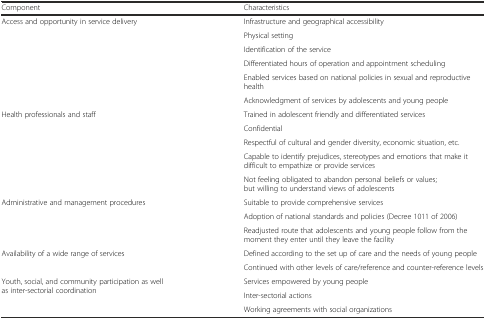
| Component | Characteristics |
 | --- | --- |
 | <ROWSPAN=6> Access and opportunity in service delivery | Infrastructure and geographical accessibility |
 | Physical setting |
 | Identification of the service |
 | Differentiated hours of operation and appointment scheduling |
 | Enabled services based on national policies in sexual and reproductive health |
 | Acknowledgment of services by adolescents and young people |
 | <ROWSPAN=5> Health professionals and staff | Trained in adolescent friendly and differentiated services |
 | Confidential |
 | Respectful of cultural and gender diversity, economic situation, etc. |
 | Capable to identify prejudices, stereotypes and emotions that make it difficult to empathize or provide services |
 | Not feeling obligated to abandon personal beliefs or values; but willing to understand views of adolescents |
 | <ROWSPAN=3> Administrative and management procedures | Suitable to provide comprehensive services |
 | Adoption of national standards and policies (Decree 1011 of 2006) |
 | Readjusted route that adolescents and young people follow from the moment they enter until they leave the facility |
 | <ROWSPAN=2> Availability of a wide range of services | Defined according to the set up of care and the needs of young people |
 | Continued with other levels of care/reference and counter-reference levels |
 | <ROWSPAN=3> Youth, social, and community participation as well as inter-sectorial coordination | Services empowered by young people |
 | Inter-sectorial actions |
 | Working agreements with social organizations |